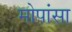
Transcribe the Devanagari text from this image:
मोपांसा